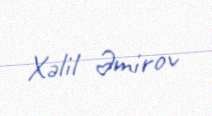
Xəlil Əmirov